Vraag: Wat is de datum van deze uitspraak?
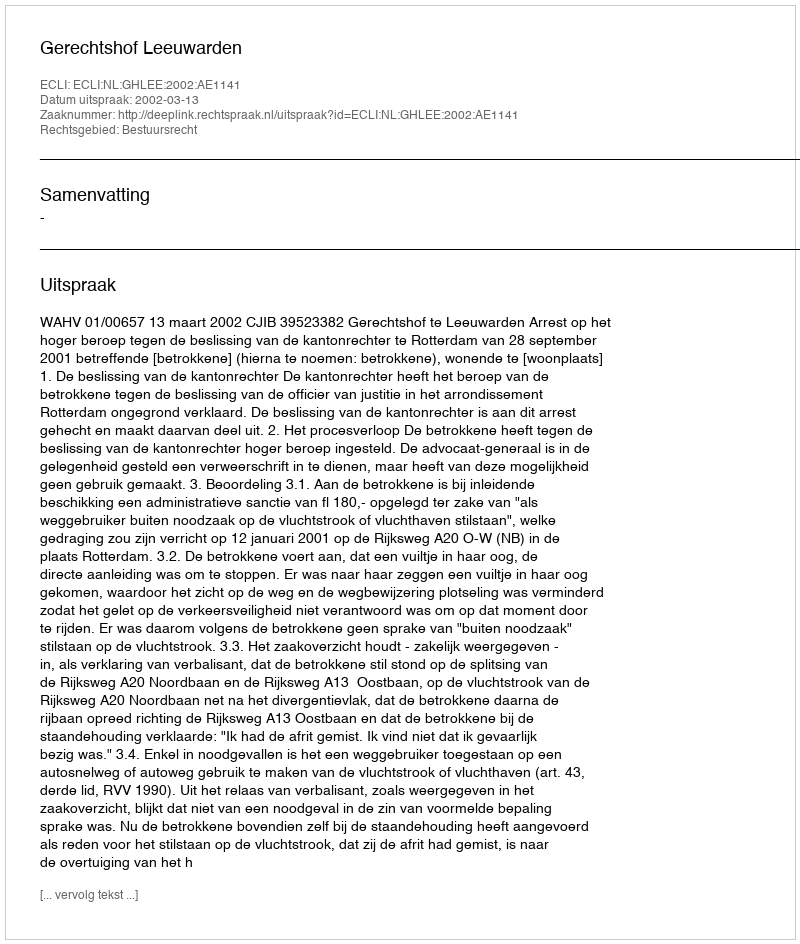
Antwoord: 2002-03-13